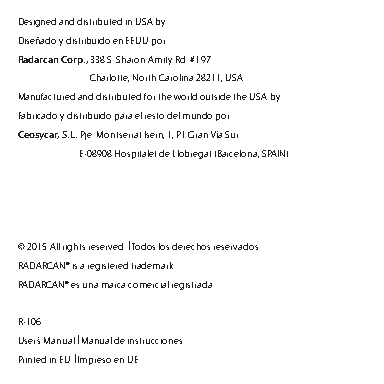
Designed and distributed in USA by:
 Diseñado y distribuido en EEUU por:
 Radarcan Corp., 338 S. Sharon Amity Rd. #197
 Charlotte, North Carolina 28211, USA
 Manufactured and distributed for the world outside the USA by:
 Fabricado y distribuido para el resto del mundo por:
 Ceosycar, S.L. Pje. Montserrat Isern, 1, P.I. Gran Vía Sur
 E-08908 Hospitalet de Llobregat (Barcelona, SPAIN)
 © 2015 All rights reserved. | Todos los derechos reservados.
 RADARCAN® is a registered trademark.
 RADARCAN® es una marca comercial registrada.
 R-106
 User’s Manual | Manual de instrucciones
 Printed in EU | Impreso en UE